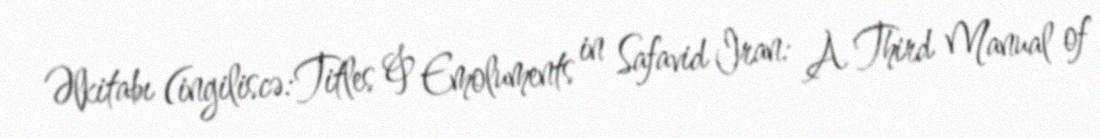
Əlkitabı (ingiliscə:Titles & Emoluments in Safavid Iran: A Third Manual of